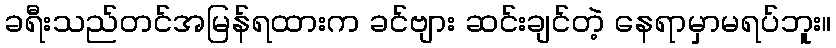
ခရီးသည်တင်အမြန်ရထားက ခင်ဗျား ဆင်းချင်တဲ့ နေရာမှာမရပ်ဘူး။